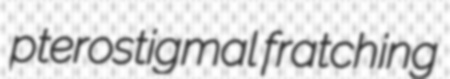
pterostigmal fratching